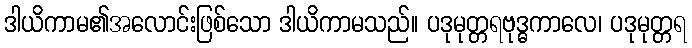
ဒါယိကာမ၏အလောင်းဖြစ်သော ဒါယိကာမသည်။ ပဒုမုတ္တရဗုဒ္ဓကာလေ၊ ပဒုမုတ္တရ